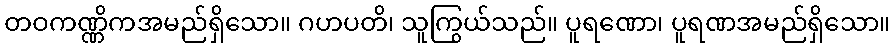
တဝကဏ္ဏိကအမည်ရှိသော။ ဂဟပတိ၊ သူကြွယ်သည်။ ပူရဏော၊ ပူရဏအမည်ရှိသော။